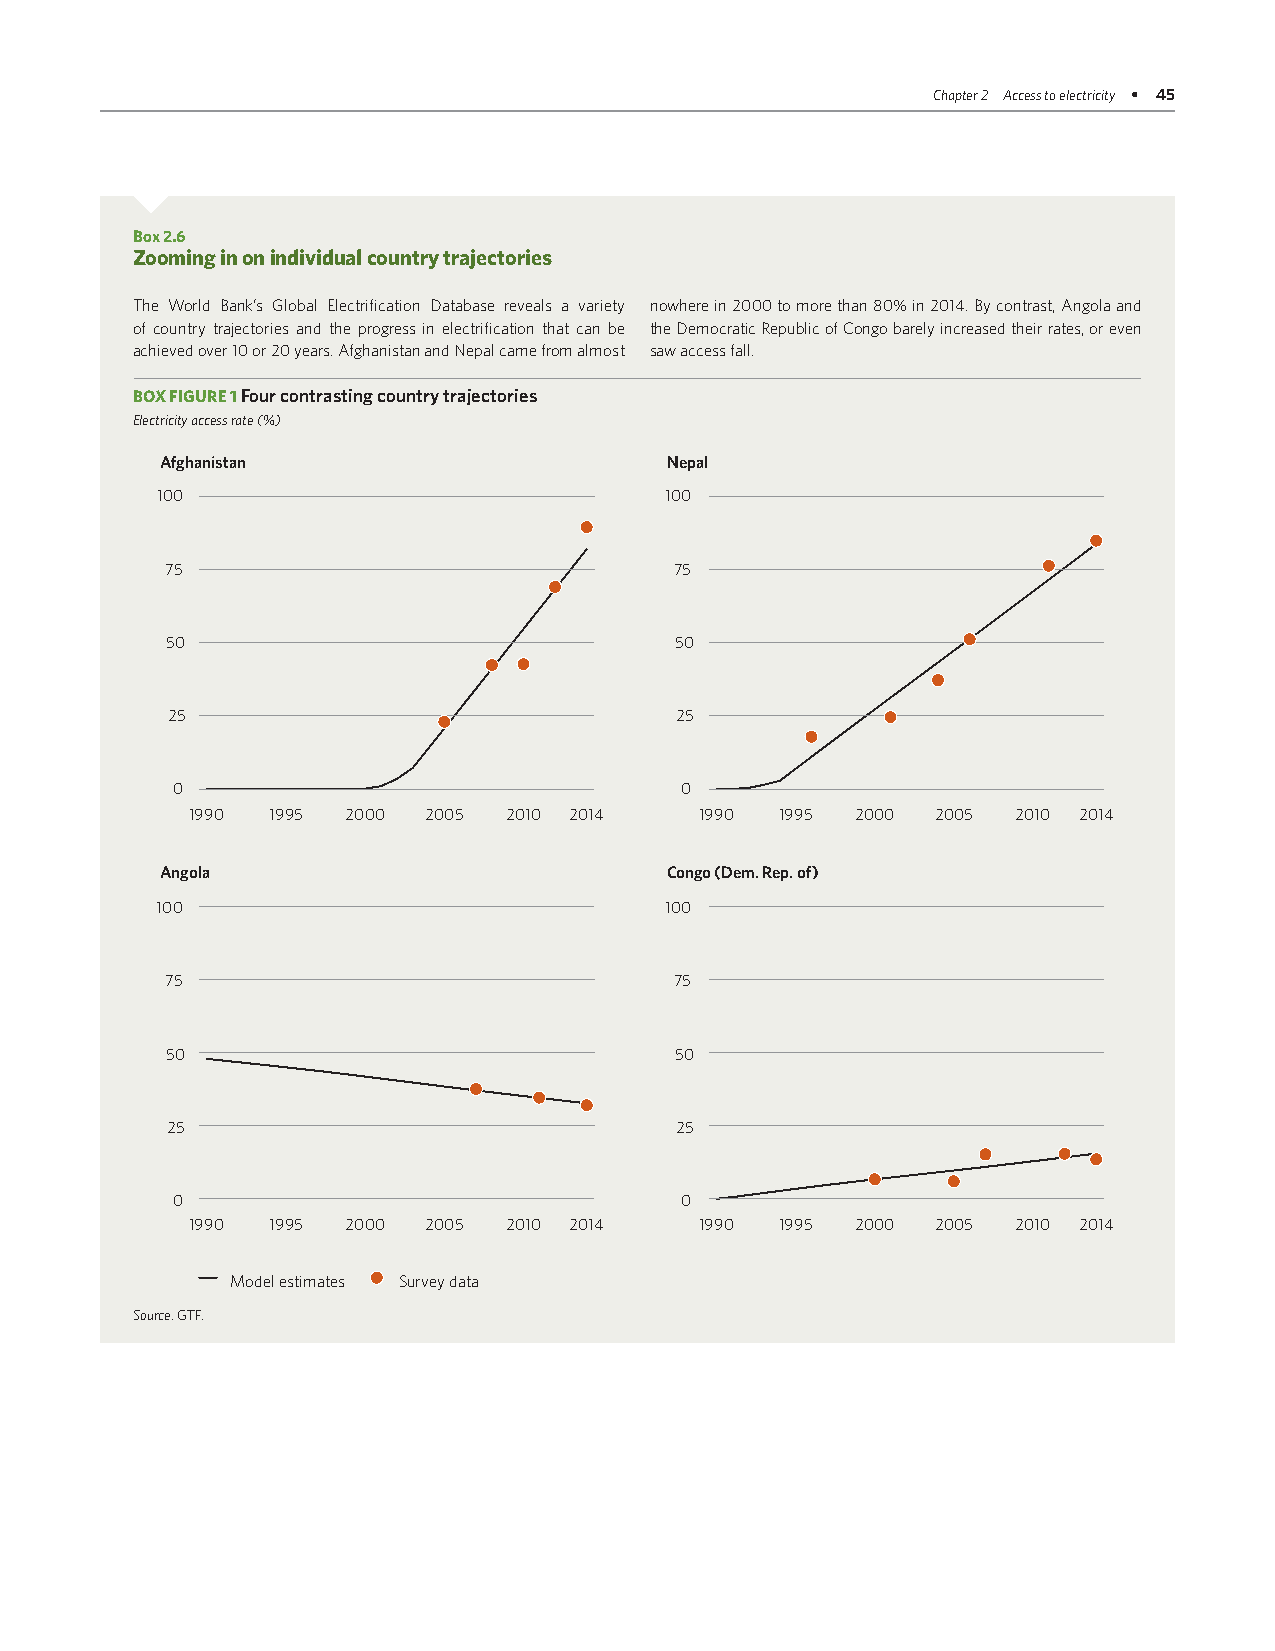
Chapter 2 Access to electricity • 45
 Box 2.6
 Zooming in on individual country trajectories
 The World Bank’s Global Electrification Database reveals a variety nowhere in 2000 to more than 80% in 2014. By contrast, Angola and
 of country trajectories and the progress in electrification that can be the Democratic Republic of Congo barely increased their rates, or even
 achieved over 10 or 20 years. Afghanistan and Nepal came from almost saw access fall.
 BOX FIGURE 1 Four contrasting country trajectories
 Electricity access rate (%)
 Afghanistan                      Nepal
 100                               100
 75                                75
 50                                50
 25                                25
 0                                 0
 1990 1995 2000 2005 2010 2014    1990  1995 2000 2005 2010 2014
 Angola                           Congo (Dem. Rep. of)
 100                               100
 75                                75
 50                                50
 25                                25
 0                                 0
 1990 1995 2000 2005 2010 2014    1990  1995 2000 2005 2010 2014
 Model estimates Survey data
 Source: GTF.